Lunatic asylums Central Provinces reports 1895-1909 - 1895-1909
Year: 1895
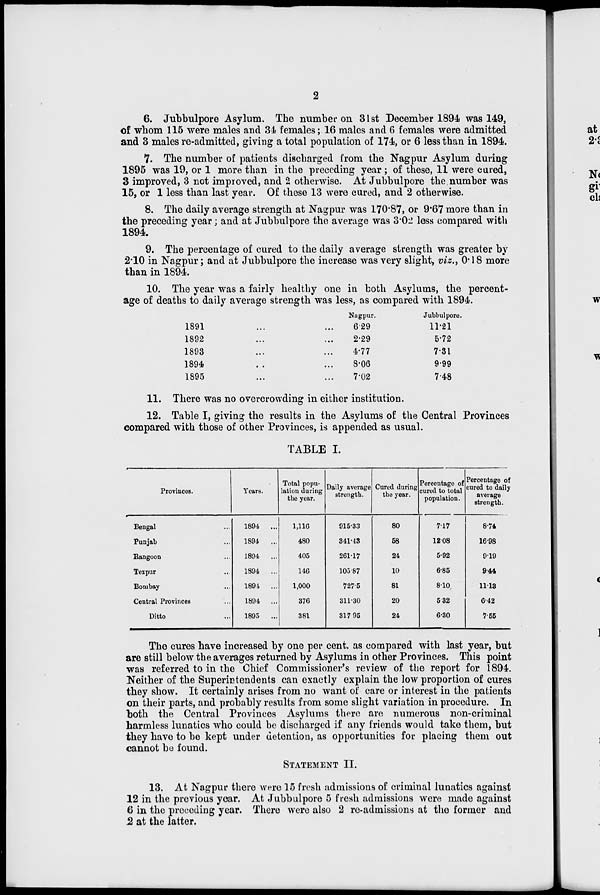
2
6. Jubbulpore Asylum. The number on 31st December 1894 was 149,
of whom 115 were males and 34 females; 16 males and 6 females were admitted
and 3 males re-admitted, giving a total population of 174, or 6 less than in 1894.
7. The number of patients discharged from the Nagpur Asylum during
1895 was 19, or 1 more than in the preceding year; of these, 11 were cured,
3 improved, 3 not improved, and 2 otherwise. At Jubbulpore the number was
15, or 1 less than last year. Of these 13 were cured, and 2 otherwise.
8. The daily average strength at Nagpur was 170.87, or 9.67 more than in
the preceding year; and at Jubbulpore the average was 3.02 less compared with
1894.
9. The percentage of cured to the daily average strength was greater by
2.10 in Nagpur; and at Jubbulpore the increase was very slight, viz., 0.18 more
than in 1894.
10. The year was a fairly healthy one in both Asylums, the percent-
age of deaths to daily average strength was less, as compared with 1894.
1891 ... ...
1892 ... ...
1893 ... ...
1894 ... ...
1895 ... ...
Nagpur.
6.29
2.29
4.77
8.06
7.02
Jubbulpore.
11.21
5.72
7.31
9.99
7.48
11. There was no overcrowding in either institution.
12. Table I, giving the results in the Asylums of the Central Provinces
compared with those of other Provinces, is appended as usual.
TABLE I.
Provinces.
Bengal ...
Punjab ...
Rangoon ...
Tezpur ...
Bombay ...
Central Provinces ...
Ditto ...
Years.
1894
...
1894
...
1894
...
1894
...
1894
...
1894
...
1895
...
Total popu-
lation during
the year.
1,116
480
405
146
1,000
376
381
Daily average
strength.
915.33
341.43
261.17
105.87
727.5
311.30
317 95
Cured during
the year.
80
58
24
10
81
20
24
Percentage of
cured to total
population.
7.17
12.08
5.92
6.85
8.10
5.32
6.30
Percentage of
cured to daily
average
strength.
8.74
16.98
9.19
9.44
11.13
6.42
7.55
The cures have increased by one per cent. as compared with last year, but
are still below the averages returned by Asylums in other Provinces. This point
was referred to in the Chief Commissioner's review of the report for 1894.
Neither of the Superintendents can exactly explain the low proportion of cures
they show. It certainly arises from no want of care or interest in the patients
on their parts, and probably results from some slight variation in procedure. In
both the Central Provinces Asylums there are numerous non-criminal
harmless lunatics who could be discharged if any friends would take them, but
they have to be kept under detention, as opportunities for placing them out
cannot be found.
STATEMENT II.
13. At Nagpur there were 15 fresh admissions of criminal lunatics against
12 in the previous year. At Jubbulpore 5 fresh admissions were made against
6 in the preceding year. There were also 2 re-admissions at the former and
2 at the latter.